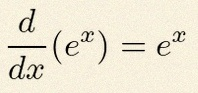
\frac{d}{dx}(e^x)=e^x